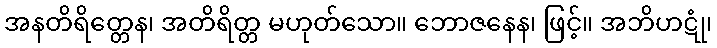
အနတိရိတ္တေန၊ အတိရိတ္တ မဟုတ်သော။ ဘောဇနေန၊ ဖြင့်။ အဘိဟဋုံ၊